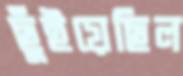
ছুঁইয়েছিল